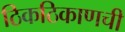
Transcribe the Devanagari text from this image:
ठिकठिकाणची